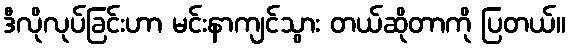
ဒီလိုလုပ်ခြင်းဟာ မင်းနာကျင်သွား တယ်ဆိုတာကို ပြတယ်။